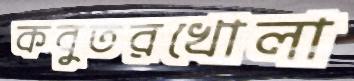
কবুতরখোলা